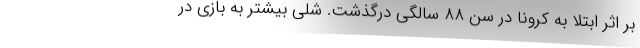
بر اثر ابتلا به کرونا در سن ۸۸ سالگی درگذشت. شلی بیشتر به بازی در